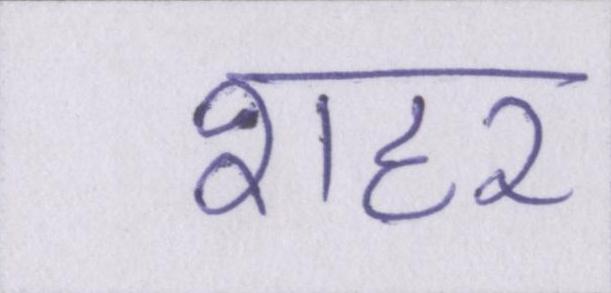
शहर